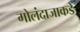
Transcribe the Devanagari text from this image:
गोलंदाजाकडे